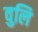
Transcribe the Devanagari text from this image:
वुलि